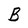
Character: B